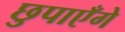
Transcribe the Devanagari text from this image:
छुपाएँगे